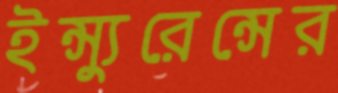
ইন্স্যুরেন্সের